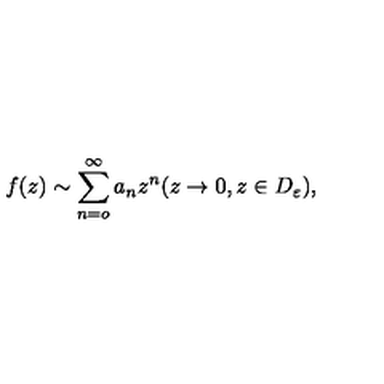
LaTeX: f ( z ) \sim \sum _ { n = o } ^ { \infty } a _ { n } z ^ { n } ( z \rightarrow 0 , z \in D _ { \varepsilon } ) ,